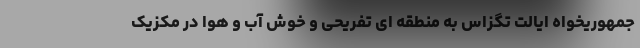
جمهوریخواه ایالت تگزاس به منطقه ای تفریحی و خوش آب و هوا در مکزیک